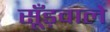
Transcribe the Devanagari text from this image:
सूँड़वाले